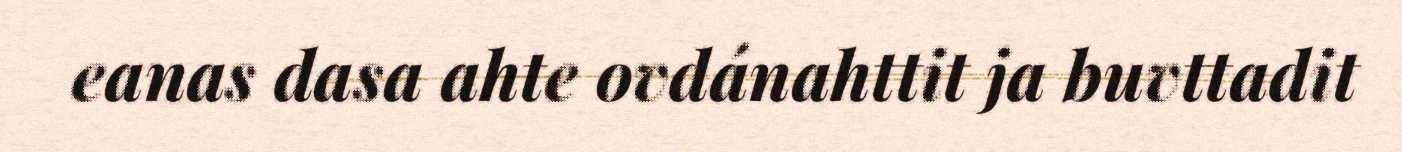
eanas dasa ahte ovdánahttit ja buvttadit